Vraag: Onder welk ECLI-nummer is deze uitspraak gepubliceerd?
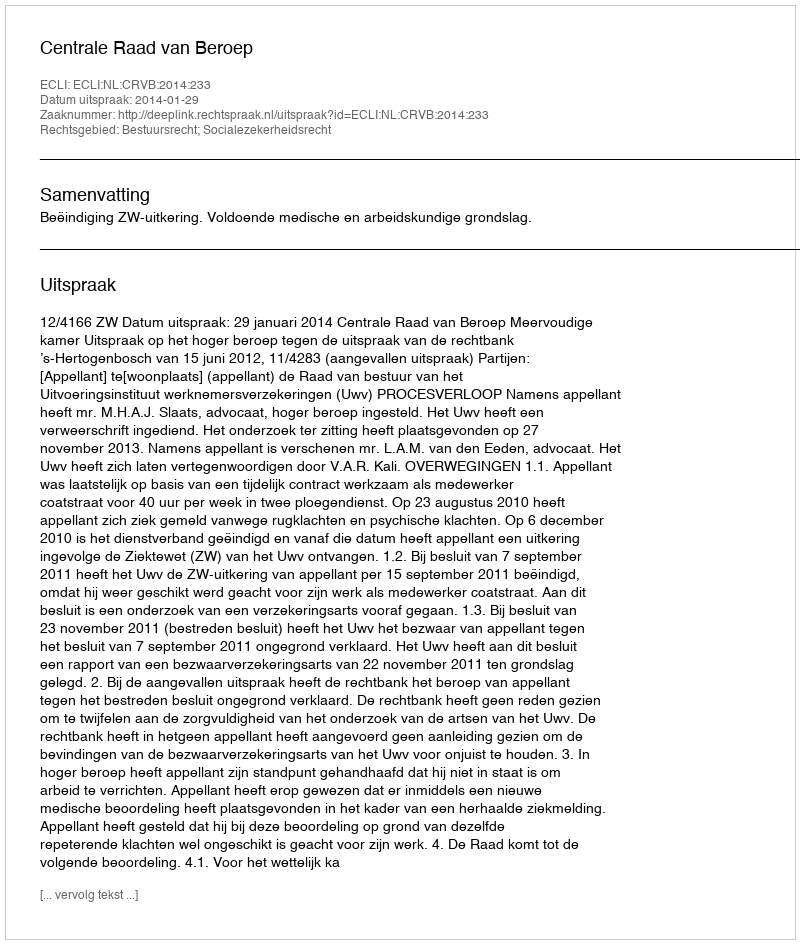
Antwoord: ECLI:NL:CRVB:2014:233